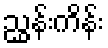
ညွှန်းကိန်း